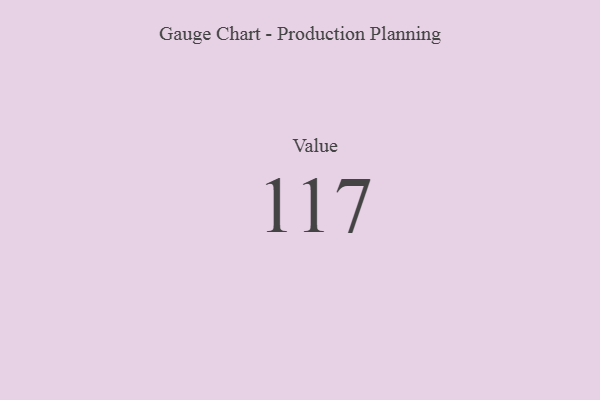
{"axis": {"x": "Metric", "y": "Value"}, "legend": [""], "data": [{"x": "Value", "y": 117, "type": ""}]}